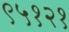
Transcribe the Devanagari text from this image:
९५१२१